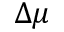
\Delta \mu